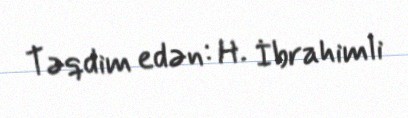
Təqdim edən: H. İbrahimli